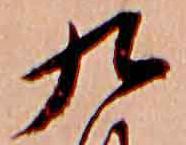
九